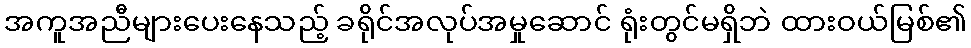
အကူအညီများပေးနေသည့် ခရိုင်အလုပ်အမှုဆောင် ရုံးတွင်မရှိဘဲ ထားဝယ်မြစ်၏